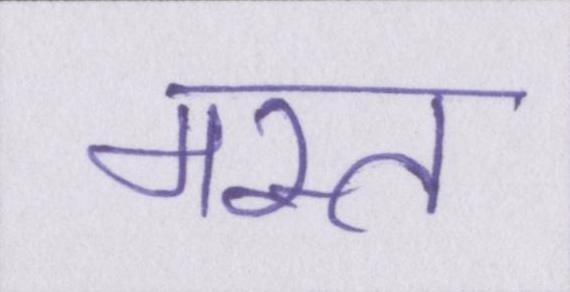
मस्त